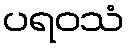
ပရဝသံ